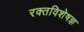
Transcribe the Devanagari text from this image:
रक्तविशेषज्ञ